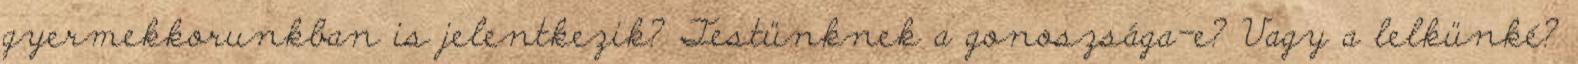
gyermekkorunkban is jelentkezik? Testünknek a gonoszsága-e? Vagy a lelkünké?